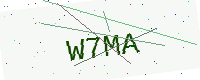
Text: W7MA